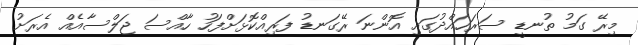
މިރޭ ގަމު ތުނޑީ ސަރަހައްދުގައި އޮންނަ ރޭގަނޑު ފަރިއްކޮޅަށްފަހު ހާއްސަ ޖަލްސާއެއް އެރަށު